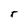
Character: r